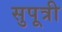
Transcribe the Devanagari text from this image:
सुपूत्री